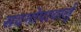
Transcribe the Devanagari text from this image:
सदगोपाचार्लू